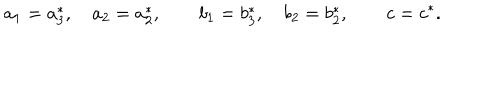
a _ { 1 } = a _ { 3 } ^ { \ast } , \quad a _ { 2 } = a _ { 2 } ^ { \ast } , \qquad b _ { 1 } = b _ { 3 } ^ { \ast } , \quad b _ { 2 } = b _ { 2 } ^ { \ast } , \qquad c = c ^ { \ast } .